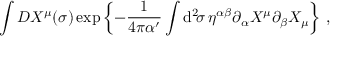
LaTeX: \int { \cal D } X ^ { \mu } ( \sigma ) \exp \left\{ - \frac { 1 } { 4 \pi \alpha ^ { \prime } } \int \mathrm { d } ^ { 2 } \! \sigma \, \eta ^ { \alpha \beta } \partial _ { \alpha } X ^ { \mu } \partial _ { \beta } X _ { \mu } \right\} \, ,